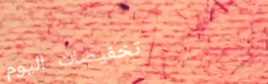
تخفيضات اليوم